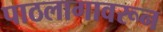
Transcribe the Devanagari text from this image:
पाठलागावरून